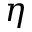
\eta